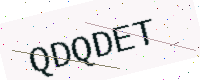
Text: QDQDET